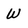
Character: W